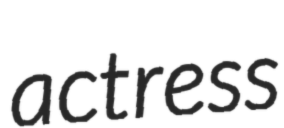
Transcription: actress